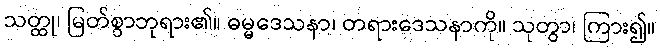
သတ္ထု၊ မြတ်စွာဘုရား၏။ ဓမ္မဒေသနာ၊ တရားဒေသနာကို။ သုတွာ၊ ကြား၍။